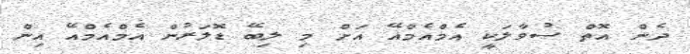
ދެން އޮތް ސުވާލަކީ އެމްއެމްއޭ އަށް މި ލިބޭ ޑޮލަރުން އެމްއެމްއޭ އިން